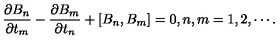
\frac { \partial B _ { n } } { \partial t _ { m } } - \frac { \partial B _ { m } } { \partial t _ { n } } + \left[ B _ { n } , B _ { m } \right] = 0 , n , m = 1 , 2 , \cdots .